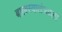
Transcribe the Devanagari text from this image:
बालस्वातंत्र्याला